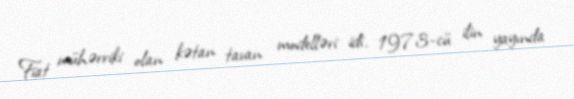
Fiat mühərriki olan kətan tavan modelləri idi. 1973-cü ilin yayında